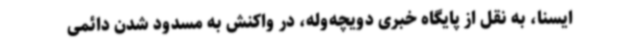
ایسنا، به نقل از پایگاه خبری دویچه‌وله، در واکنش به مسدود شدن دائمی